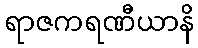
ရာဇကရဏီယာနိ